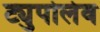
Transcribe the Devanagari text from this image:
ट्युपोलेव